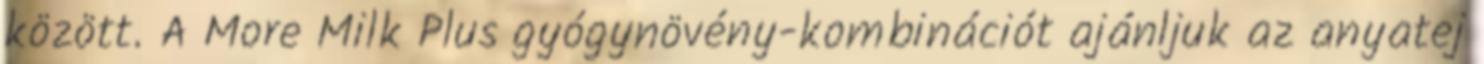
között. A More Milk Plus gyógynövény-kombinációt ajánljuk az anyatej